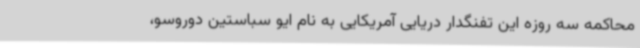
محاکمه سه روزه این تفنگدار دریایی آمریکایی به نام ایو سباستین دوروسو،